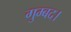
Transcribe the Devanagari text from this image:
गुम्बद।